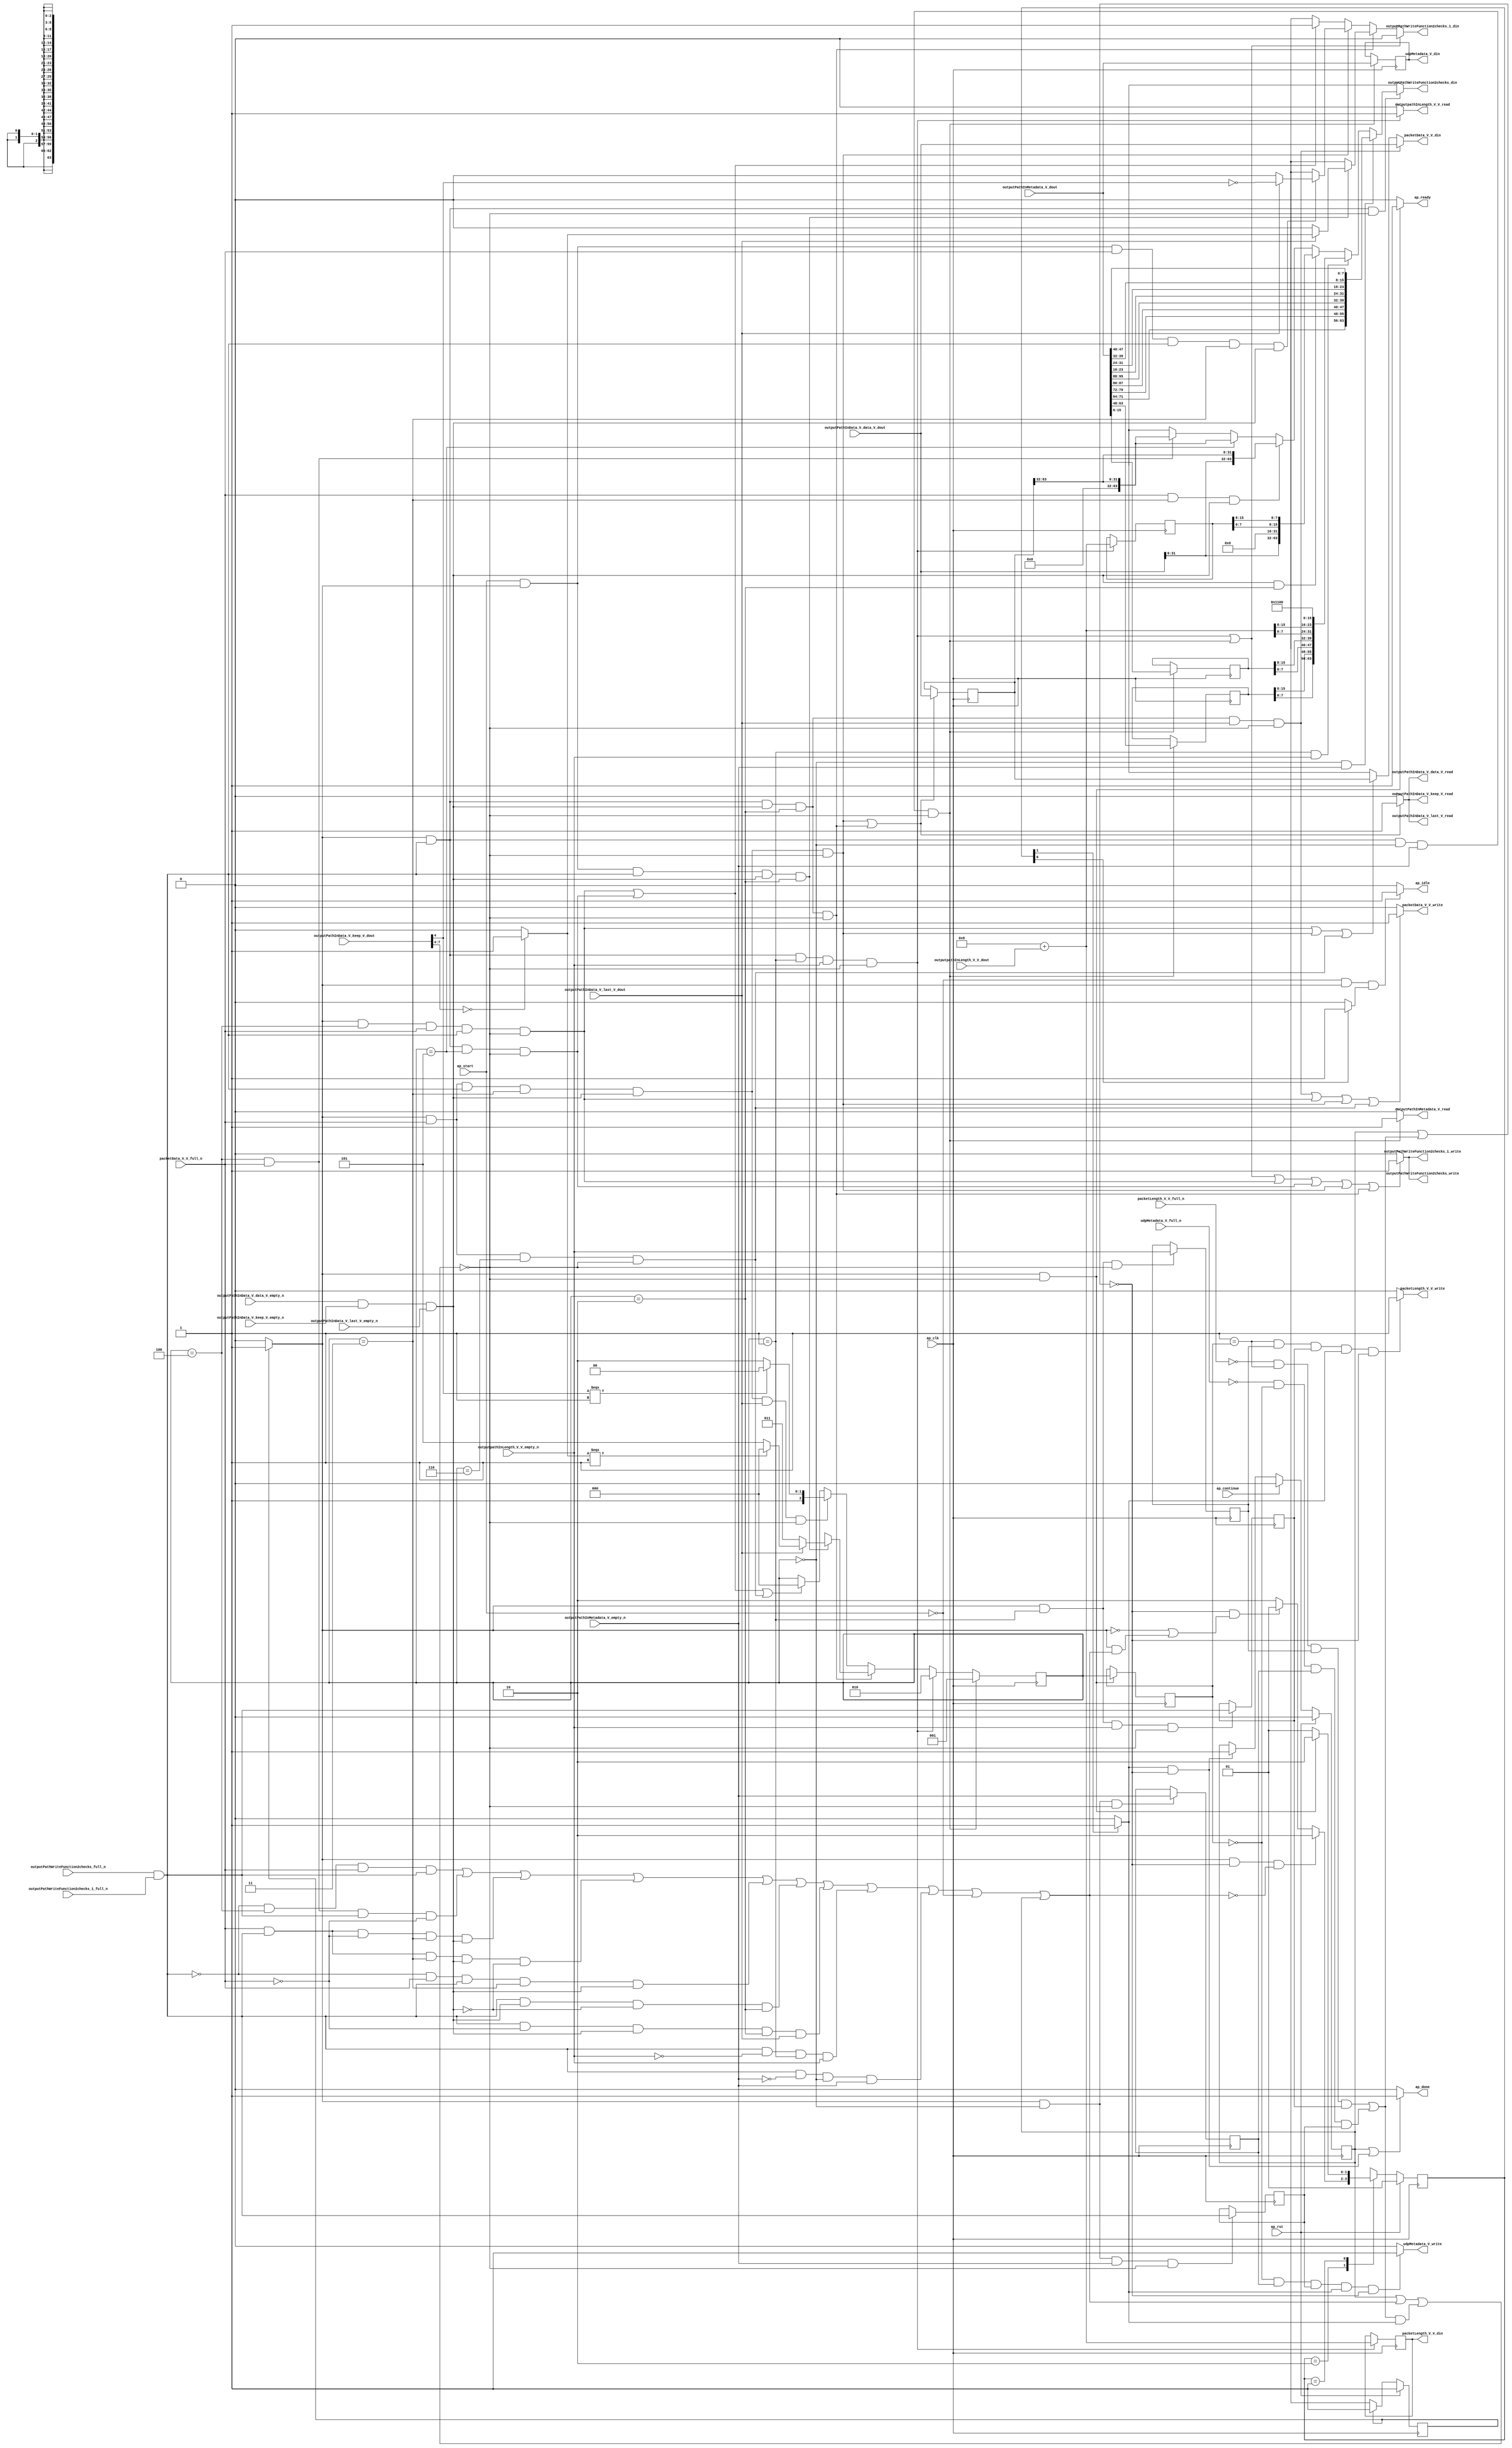
// ==============================================================
// RTL generated by Vivado(TM) HLS - High-Level Synthesis from C, C++ and SystemC
// Version: 2015.1
// Copyright (C) 2015 Xilinx Inc. All rights reserved.
// 
// ===========================================================

`timescale 1 ns / 1 ps 

module udp_outputPathWriteFunction (
        ap_clk,
        ap_rst,
        ap_start,
        ap_done,
        ap_continue,
        ap_idle,
        ap_ready,
        packetData_V_V_din,
        packetData_V_V_full_n,
        packetData_V_V_write,
        outputpathInLength_V_V_dout,
        outputpathInLength_V_V_empty_n,
        outputpathInLength_V_V_read,
        outputPathInMetadata_V_dout,
        outputPathInMetadata_V_empty_n,
        outputPathInMetadata_V_read,
        packetLength_V_V_din,
        packetLength_V_V_full_n,
        packetLength_V_V_write,
        udpMetadata_V_din,
        udpMetadata_V_full_n,
        udpMetadata_V_write,
        outputPathInData_V_data_V_dout,
        outputPathInData_V_data_V_empty_n,
        outputPathInData_V_data_V_read,
        outputPathInData_V_keep_V_dout,
        outputPathInData_V_keep_V_empty_n,
        outputPathInData_V_keep_V_read,
        outputPathInData_V_last_V_dout,
        outputPathInData_V_last_V_empty_n,
        outputPathInData_V_last_V_read,
        outputPathWriteFunction2checks_din,
        outputPathWriteFunction2checks_full_n,
        outputPathWriteFunction2checks_write,
        outputPathWriteFunction2checks_1_din,
        outputPathWriteFunction2checks_1_full_n,
        outputPathWriteFunction2checks_1_write
);

parameter    ap_const_logic_1 = 1'b1;
parameter    ap_const_logic_0 = 1'b0;
parameter    ap_ST_st1_fsm0_0 = 1'b1;
parameter    ap_ST_st2_fsm1_1 = 2'b10;
parameter    ap_ST_st0_fsm1_0 = 2'b1;
parameter    ap_const_lv32_0 = 32'b00000000000000000000000000000000;
parameter    ap_const_lv1_1 = 1'b1;
parameter    ap_const_lv3_4 = 3'b100;
parameter    ap_const_lv1_0 = 1'b0;
parameter    ap_const_lv3_5 = 3'b101;
parameter    ap_const_lv3_6 = 3'b110;
parameter    ap_const_lv3_3 = 3'b11;
parameter    ap_const_lv3_2 = 3'b10;
parameter    ap_const_lv3_1 = 3'b1;
parameter    ap_const_lv3_0 = 3'b000;
parameter    ap_const_lv32_1 = 32'b1;
parameter    ap_const_lv16_0 = 16'b0000000000000000;
parameter    ap_const_lv32_20 = 32'b100000;
parameter    ap_const_lv32_3F = 32'b111111;
parameter    ap_const_lv32_4 = 32'b100;
parameter    ap_const_lv32_8 = 32'b1000;
parameter    ap_const_lv32_F = 32'b1111;
parameter    ap_const_lv32_7 = 32'b111;
parameter    ap_const_lv4_0 = 4'b0000;
parameter    ap_const_lv16_8 = 16'b1000;
parameter    ap_const_lv16_1100 = 16'b1000100000000;
parameter    ap_const_lv32_30 = 32'b110000;
parameter    ap_const_lv32_58 = 32'b1011000;
parameter    ap_const_lv32_5F = 32'b1011111;
parameter    ap_const_lv32_50 = 32'b1010000;
parameter    ap_const_lv32_57 = 32'b1010111;
parameter    ap_const_lv32_48 = 32'b1001000;
parameter    ap_const_lv32_4F = 32'b1001111;
parameter    ap_const_lv32_40 = 32'b1000000;
parameter    ap_const_lv32_47 = 32'b1000111;
parameter    ap_const_lv32_28 = 32'b101000;
parameter    ap_const_lv32_2F = 32'b101111;
parameter    ap_const_lv32_27 = 32'b100111;
parameter    ap_const_lv32_18 = 32'b11000;
parameter    ap_const_lv32_1F = 32'b11111;
parameter    ap_const_lv32_10 = 32'b10000;
parameter    ap_const_lv32_17 = 32'b10111;
parameter    ap_true = 1'b1;

input   ap_clk;
input   ap_rst;
input   ap_start;
output   ap_done;
input   ap_continue;
output   ap_idle;
output   ap_ready;
output  [63:0] packetData_V_V_din;
input   packetData_V_V_full_n;
output   packetData_V_V_write;
input  [15:0] outputpathInLength_V_V_dout;
input   outputpathInLength_V_V_empty_n;
output   outputpathInLength_V_V_read;
input  [95:0] outputPathInMetadata_V_dout;
input   outputPathInMetadata_V_empty_n;
output   outputPathInMetadata_V_read;
output  [15:0] packetLength_V_V_din;
input   packetLength_V_V_full_n;
output   packetLength_V_V_write;
output  [95:0] udpMetadata_V_din;
input   udpMetadata_V_full_n;
output   udpMetadata_V_write;
input  [63:0] outputPathInData_V_data_V_dout;
input   outputPathInData_V_data_V_empty_n;
output   outputPathInData_V_data_V_read;
input  [7:0] outputPathInData_V_keep_V_dout;
input   outputPathInData_V_keep_V_empty_n;
output   outputPathInData_V_keep_V_read;
input  [0:0] outputPathInData_V_last_V_dout;
input   outputPathInData_V_last_V_empty_n;
output   outputPathInData_V_last_V_read;
output  [63:0] outputPathWriteFunction2checks_din;
input   outputPathWriteFunction2checks_full_n;
output   outputPathWriteFunction2checks_write;
output  [0:0] outputPathWriteFunction2checks_1_din;
input   outputPathWriteFunction2checks_1_full_n;
output   outputPathWriteFunction2checks_1_write;

reg ap_done;
reg ap_idle;
reg ap_ready;
reg[63:0] packetData_V_V_din;
reg packetData_V_V_write;
reg outputpathInLength_V_V_read;
reg outputPathInMetadata_V_read;
reg packetLength_V_V_write;
reg udpMetadata_V_write;
reg[63:0] outputPathWriteFunction2checks_din;
reg[0:0] outputPathWriteFunction2checks_1_din;
reg    ap_done_reg = 1'b0;
(* fsm_encoding = "none" *) reg   [0:0] ap_CS_fsm0 = 1'b1;
reg    ap_sig_cseq_ST_st1_fsm0_0;
reg    ap_sig_bdd_23;
(* fsm_encoding = "none" *) reg   [1:0] ap_CS_fsm1 = 2'b1;
reg    ap_sig_cseq_ST_st0_fsm1_0;
reg    ap_sig_bdd_34;
wire    outputPathWriteFunction2checks1_status;
wire   [0:0] grp_nbwritereq_fu_232_p3;
wire   [0:0] grp_nbwritereq_fu_240_p4;
wire   [0:0] grp_nbreadreq_fu_268_p5;
wire    outputPathInData_V_data_V0_status;
wire   [0:0] tmp_49_nbreadreq_fu_290_p3;
wire   [0:0] tmp_nbreadreq_fu_305_p3;
reg    ap_sig_bdd_136;
reg   [2:0] outputPathWriteFunctionState_l_reg_749;
reg   [0:0] tmp_49_reg_795;
reg   [0:0] tmp_56_reg_799;
reg   [0:0] tmp_reg_808;
reg   [0:0] tmp_55_reg_812;
reg    ap_sig_bdd_174;
reg    ap_sig_cseq_ST_st2_fsm1_1;
reg    ap_sig_bdd_180;
reg   [2:0] outputPathWriteFunctionState = 3'b000;
reg   [15:0] outputPathPacketLength_V = 16'b0000000000000000;
reg   [63:0] outputPathInputWord_data_V = 64'b0000000000000000000000000000000000000000000000000000000000000000;
reg   [15:0] tempMetadata_sourceSocket_port = 16'b0000000000000000;
reg   [15:0] tempMetadata_destinationSocket = 16'b0000000000000000;
wire   [15:0] tmp_V_9_fu_529_p2;
reg   [15:0] tmp_V_9_reg_803;
reg   [95:0] tmp14_reg_816;
wire   [0:0] tmp_s_fu_445_p2;
wire   [0:0] ap_reg_phiprechg_tmp_eop_V_1_reg_333pp0_it0;
reg   [0:0] tmp_eop_V_1_phi_fu_336_p4;
wire   [2:0] storemerge9_fu_514_p3;
wire   [2:0] ap_reg_phiprechg_storemerge1_reg_344pp0_it0;
reg   [2:0] storemerge1_phi_fu_347_p4;
wire   [0:0] tmp_63_fu_507_p2;
wire   [0:0] ap_reg_phiprechg_tmp_eop_V_reg_354pp0_it0;
reg   [0:0] tmp_eop_V_phi_fu_357_p4;
reg    outputPathWriteFunction2checks1_update;
wire   [63:0] p_Result_44_fu_414_p1;
wire   [63:0] p_Result_43_fu_419_p1;
wire   [63:0] p_Result_42_fu_428_p3;
wire   [63:0] p_Result_41_fu_484_p5;
wire   [63:0] p_Result_40_fu_591_p8;
wire   [63:0] p_Result_s_fu_722_p9;
reg    outputPathInData_V_data_V0_update;
wire   [2:0] storemerge_fu_452_p3;
wire   [15:0] tmp_sourceSocket_port_V_fu_616_p1;
wire   [31:0] grp_fu_366_p4;
wire   [31:0] tmp_134_fu_424_p1;
wire   [0:0] tmp_135_fu_437_p3;
wire   [31:0] tmp_133_fu_480_p1;
wire   [7:0] tmp_132_fu_476_p1;
wire   [7:0] p_Result_s_75_fu_466_p4;
wire   [3:0] p_Result_18_fu_497_p4;
wire   [7:0] tmp_129_fu_555_p1;
wire   [7:0] p_Result_i3_fu_545_p4;
wire   [7:0] tmp_130_fu_573_p1;
wire   [7:0] p_Result_i4_fu_563_p4;
wire   [7:0] tmp_131_fu_587_p1;
wire   [7:0] p_Result_i5_fu_577_p4;
wire   [7:0] p_Result_6_i_fu_672_p4;
wire   [7:0] p_Result_4_i_fu_662_p4;
wire   [7:0] p_Result_2_i_fu_652_p4;
wire   [7:0] p_Result_i_fu_642_p4;
wire   [7:0] p_Result_6_i1_fu_712_p4;
wire   [7:0] p_Result_4_i1_fu_702_p4;
wire   [7:0] p_Result_2_i1_fu_692_p4;
wire   [7:0] p_Result_i2_fu_682_p4;
reg   [0:0] ap_NS_fsm0;
reg   [1:0] ap_NS_fsm1;
reg    ap_sig_bdd_48;
reg    ap_sig_bdd_74;
reg    ap_sig_bdd_83;
reg    ap_sig_bdd_102;
reg    ap_sig_bdd_116;
reg    ap_sig_bdd_582;
reg    ap_sig_bdd_371;
reg    ap_sig_bdd_365;




/// the current state (ap_CS_fsm0) of the state machine. ///
always @ (posedge ap_clk)
begin : ap_ret_ap_CS_fsm0
    if (ap_rst == 1'b1) begin
        ap_CS_fsm0 <= ap_ST_st1_fsm0_0;
    end else begin
        ap_CS_fsm0 <= ap_NS_fsm0;
    end
end

/// the current state (ap_CS_fsm1) of the state machine. ///
always @ (posedge ap_clk)
begin : ap_ret_ap_CS_fsm1
    if (ap_rst == 1'b1) begin
        ap_CS_fsm1 <= ap_ST_st0_fsm1_0;
    end else begin
        ap_CS_fsm1 <= ap_NS_fsm1;
    end
end

/// ap_done_reg assign process. ///
always @ (posedge ap_clk)
begin : ap_ret_ap_done_reg
    if (ap_rst == 1'b1) begin
        ap_done_reg <= ap_const_logic_0;
    end else begin
        if ((ap_const_logic_1 == ap_continue)) begin
            ap_done_reg <= ap_const_logic_0;
        end else if (((ap_const_logic_1 == ap_sig_cseq_ST_st2_fsm1_1) & ~((ap_done_reg == ap_const_logic_1) | ap_sig_bdd_174))) begin
            ap_done_reg <= ap_const_logic_1;
        end
    end
end

/// assign process. ///
always @(posedge ap_clk)
begin
    if (((ap_const_logic_1 == ap_sig_cseq_ST_st1_fsm0_0) & ~(ap_const_lv1_0 == grp_nbwritereq_fu_240_p4) & (outputPathWriteFunctionState == ap_const_lv3_0) & ~(ap_const_lv1_0 == tmp_nbreadreq_fu_305_p3) & ~((ap_done_reg == ap_const_logic_1) | ap_sig_bdd_136 | (ap_sig_bdd_174 & (ap_const_logic_1 == ap_sig_cseq_ST_st2_fsm1_1))))) begin
        outputPathWriteFunctionState <= ap_const_lv3_1;
    end else if (((ap_const_logic_1 == ap_sig_cseq_ST_st1_fsm0_0) & ~(ap_const_lv1_0 == grp_nbwritereq_fu_240_p4) & (outputPathWriteFunctionState == ap_const_lv3_1) & ~(ap_const_lv1_0 == tmp_49_nbreadreq_fu_290_p3) & ~((ap_done_reg == ap_const_logic_1) | ap_sig_bdd_136 | (ap_sig_bdd_174 & (ap_const_logic_1 == ap_sig_cseq_ST_st2_fsm1_1))))) begin
        outputPathWriteFunctionState <= ap_const_lv3_2;
    end else if (((ap_const_logic_1 == ap_sig_cseq_ST_st1_fsm0_0) & ~(ap_const_lv1_0 == grp_nbwritereq_fu_240_p4) & ~(ap_const_lv1_0 == grp_nbreadreq_fu_268_p5) & (outputPathWriteFunctionState == ap_const_lv3_2) & ~((ap_done_reg == ap_const_logic_1) | ap_sig_bdd_136 | (ap_sig_bdd_174 & (ap_const_logic_1 == ap_sig_cseq_ST_st2_fsm1_1))))) begin
        outputPathWriteFunctionState <= storemerge1_phi_fu_347_p4;
    end else if (((ap_const_logic_1 == ap_sig_cseq_ST_st1_fsm0_0) & ~(grp_nbwritereq_fu_232_p3 == ap_const_lv1_0) & ~(ap_const_lv1_0 == grp_nbwritereq_fu_240_p4) & (outputPathWriteFunctionState == ap_const_lv3_3) & ~(ap_const_lv1_0 == grp_nbreadreq_fu_268_p5) & ~(ap_const_lv1_0 == outputPathInData_V_last_V_dout) & ~((ap_done_reg == ap_const_logic_1) | ap_sig_bdd_136 | (ap_sig_bdd_174 & (ap_const_logic_1 == ap_sig_cseq_ST_st2_fsm1_1))))) begin
        outputPathWriteFunctionState <= storemerge_fu_452_p3;
    end else if ((((ap_const_logic_1 == ap_sig_cseq_ST_st1_fsm0_0) & (outputPathWriteFunctionState == ap_const_lv3_4) & ~(grp_nbwritereq_fu_232_p3 == ap_const_lv1_0) & ~(ap_const_lv1_0 == grp_nbwritereq_fu_240_p4) & ~((ap_done_reg == ap_const_logic_1) | ap_sig_bdd_136 | (ap_sig_bdd_174 & (ap_const_logic_1 == ap_sig_cseq_ST_st2_fsm1_1)))) | ((ap_const_logic_1 == ap_sig_cseq_ST_st1_fsm0_0) & ~(ap_const_lv1_0 == grp_nbwritereq_fu_240_p4) & (outputPathWriteFunctionState == ap_const_lv3_5) & ~((ap_done_reg == ap_const_logic_1) | ap_sig_bdd_136 | (ap_sig_bdd_174 & (ap_const_logic_1 == ap_sig_cseq_ST_st2_fsm1_1)))) | ((ap_const_logic_1 == ap_sig_cseq_ST_st1_fsm0_0) & ~(grp_nbwritereq_fu_232_p3 == ap_const_lv1_0) & (outputPathWriteFunctionState == ap_const_lv3_6) & ~((ap_done_reg == ap_const_logic_1) | ap_sig_bdd_136 | (ap_sig_bdd_174 & (ap_const_logic_1 == ap_sig_cseq_ST_st2_fsm1_1)))))) begin
        outputPathWriteFunctionState <= ap_const_lv3_0;
    end
end

/// assign process. ///
always @(posedge ap_clk)
begin
    if ((((ap_const_logic_1 == ap_sig_cseq_ST_st1_fsm0_0) & ~(grp_nbwritereq_fu_232_p3 == ap_const_lv1_0) & ~(ap_const_lv1_0 == grp_nbwritereq_fu_240_p4) & (outputPathWriteFunctionState == ap_const_lv3_3) & ~(ap_const_lv1_0 == grp_nbreadreq_fu_268_p5) & ~((ap_done_reg == ap_const_logic_1) | ap_sig_bdd_136 | (ap_sig_bdd_174 & (ap_const_logic_1 == ap_sig_cseq_ST_st2_fsm1_1)))) | ((ap_const_logic_1 == ap_sig_cseq_ST_st1_fsm0_0) & ~(ap_const_lv1_0 == grp_nbwritereq_fu_240_p4) & ~(ap_const_lv1_0 == grp_nbreadreq_fu_268_p5) & (outputPathWriteFunctionState == ap_const_lv3_2) & ~((ap_done_reg == ap_const_logic_1) | ap_sig_bdd_136 | (ap_sig_bdd_174 & (ap_const_logic_1 == ap_sig_cseq_ST_st2_fsm1_1)))))) begin
        outputPathInputWord_data_V <= outputPathInData_V_data_V_dout;
    end
end

/// assign process. ///
always @(posedge ap_clk)
begin
    if (((ap_const_logic_1 == ap_sig_cseq_ST_st1_fsm0_0) & ~(ap_const_lv1_0 == grp_nbwritereq_fu_240_p4) & (outputPathWriteFunctionState == ap_const_lv3_1) & ~(ap_const_lv1_0 == tmp_49_nbreadreq_fu_290_p3) & ~((ap_done_reg == ap_const_logic_1) | ap_sig_bdd_136 | (ap_sig_bdd_174 & (ap_const_logic_1 == ap_sig_cseq_ST_st2_fsm1_1))))) begin
        outputPathPacketLength_V <= tmp_V_9_fu_529_p2;
        tmp_V_9_reg_803 <= tmp_V_9_fu_529_p2;
    end
end

/// assign process. ///
always @(posedge ap_clk)
begin
    if (((ap_const_logic_1 == ap_sig_cseq_ST_st1_fsm0_0) & ~((ap_done_reg == ap_const_logic_1) | ap_sig_bdd_136 | (ap_sig_bdd_174 & (ap_const_logic_1 == ap_sig_cseq_ST_st2_fsm1_1))))) begin
        outputPathWriteFunctionState_l_reg_749 <= outputPathWriteFunctionState;
    end
end

/// assign process. ///
always @(posedge ap_clk)
begin
    if (((ap_const_logic_1 == ap_sig_cseq_ST_st1_fsm0_0) & ~(ap_const_lv1_0 == grp_nbwritereq_fu_240_p4) & (outputPathWriteFunctionState == ap_const_lv3_0) & ~(ap_const_lv1_0 == tmp_nbreadreq_fu_305_p3) & ~((ap_done_reg == ap_const_logic_1) | ap_sig_bdd_136 | (ap_sig_bdd_174 & (ap_const_logic_1 == ap_sig_cseq_ST_st2_fsm1_1))))) begin
        tempMetadata_destinationSocket <= {{outputPathInMetadata_V_dout[ap_const_lv32_3F : ap_const_lv32_30]}};
        tempMetadata_sourceSocket_port <= tmp_sourceSocket_port_V_fu_616_p1;
        tmp14_reg_816 <= outputPathInMetadata_V_dout;
    end
end

/// assign process. ///
always @(posedge ap_clk)
begin
    if (((ap_const_logic_1 == ap_sig_cseq_ST_st1_fsm0_0) & (outputPathWriteFunctionState == ap_const_lv3_1) & ~((ap_done_reg == ap_const_logic_1) | ap_sig_bdd_136 | (ap_sig_bdd_174 & (ap_const_logic_1 == ap_sig_cseq_ST_st2_fsm1_1))))) begin
        tmp_49_reg_795 <= tmp_49_nbreadreq_fu_290_p3;
    end
end

/// assign process. ///
always @(posedge ap_clk)
begin
    if (((ap_const_logic_1 == ap_sig_cseq_ST_st1_fsm0_0) & (outputPathWriteFunctionState == ap_const_lv3_0) & ~(ap_const_lv1_0 == tmp_nbreadreq_fu_305_p3) & ~((ap_done_reg == ap_const_logic_1) | ap_sig_bdd_136 | (ap_sig_bdd_174 & (ap_const_logic_1 == ap_sig_cseq_ST_st2_fsm1_1))))) begin
        tmp_55_reg_812 <= grp_nbwritereq_fu_240_p4;
    end
end

/// assign process. ///
always @(posedge ap_clk)
begin
    if (((ap_const_logic_1 == ap_sig_cseq_ST_st1_fsm0_0) & (outputPathWriteFunctionState == ap_const_lv3_1) & ~(ap_const_lv1_0 == tmp_49_nbreadreq_fu_290_p3) & ~((ap_done_reg == ap_const_logic_1) | ap_sig_bdd_136 | (ap_sig_bdd_174 & (ap_const_logic_1 == ap_sig_cseq_ST_st2_fsm1_1))))) begin
        tmp_56_reg_799 <= grp_nbwritereq_fu_240_p4;
    end
end

/// assign process. ///
always @(posedge ap_clk)
begin
    if (((ap_const_logic_1 == ap_sig_cseq_ST_st1_fsm0_0) & (outputPathWriteFunctionState == ap_const_lv3_0) & ~((ap_done_reg == ap_const_logic_1) | ap_sig_bdd_136 | (ap_sig_bdd_174 & (ap_const_logic_1 == ap_sig_cseq_ST_st2_fsm1_1))))) begin
        tmp_reg_808 <= tmp_nbreadreq_fu_305_p3;
    end
end

/// ap_done assign process. ///
always @ (ap_done_reg or ap_sig_bdd_174 or ap_sig_cseq_ST_st2_fsm1_1)
begin
    if (((ap_const_logic_1 == ap_done_reg) | ((ap_const_logic_1 == ap_sig_cseq_ST_st2_fsm1_1) & ~((ap_done_reg == ap_const_logic_1) | ap_sig_bdd_174)))) begin
        ap_done = ap_const_logic_1;
    end else begin
        ap_done = ap_const_logic_0;
    end
end

/// ap_idle assign process. ///
always @ (ap_start or ap_sig_cseq_ST_st1_fsm0_0 or ap_sig_cseq_ST_st0_fsm1_0)
begin
    if ((~(ap_const_logic_1 == ap_start) & (ap_const_logic_1 == ap_sig_cseq_ST_st1_fsm0_0) & (ap_const_logic_1 == ap_sig_cseq_ST_st0_fsm1_0))) begin
        ap_idle = ap_const_logic_1;
    end else begin
        ap_idle = ap_const_logic_0;
    end
end

/// ap_ready assign process. ///
always @ (ap_done_reg or ap_sig_cseq_ST_st1_fsm0_0 or ap_sig_bdd_136 or ap_sig_bdd_174 or ap_sig_cseq_ST_st2_fsm1_1)
begin
    if (((ap_const_logic_1 == ap_sig_cseq_ST_st1_fsm0_0) & ~((ap_done_reg == ap_const_logic_1) | ap_sig_bdd_136 | (ap_sig_bdd_174 & (ap_const_logic_1 == ap_sig_cseq_ST_st2_fsm1_1))))) begin
        ap_ready = ap_const_logic_1;
    end else begin
        ap_ready = ap_const_logic_0;
    end
end

/// ap_sig_cseq_ST_st0_fsm1_0 assign process. ///
always @ (ap_sig_bdd_34)
begin
    if (ap_sig_bdd_34) begin
        ap_sig_cseq_ST_st0_fsm1_0 = ap_const_logic_1;
    end else begin
        ap_sig_cseq_ST_st0_fsm1_0 = ap_const_logic_0;
    end
end

/// ap_sig_cseq_ST_st1_fsm0_0 assign process. ///
always @ (ap_sig_bdd_23)
begin
    if (ap_sig_bdd_23) begin
        ap_sig_cseq_ST_st1_fsm0_0 = ap_const_logic_1;
    end else begin
        ap_sig_cseq_ST_st1_fsm0_0 = ap_const_logic_0;
    end
end

/// ap_sig_cseq_ST_st2_fsm1_1 assign process. ///
always @ (ap_sig_bdd_180)
begin
    if (ap_sig_bdd_180) begin
        ap_sig_cseq_ST_st2_fsm1_1 = ap_const_logic_1;
    end else begin
        ap_sig_cseq_ST_st2_fsm1_1 = ap_const_logic_0;
    end
end

/// outputPathInData_V_data_V0_update assign process. ///
always @ (ap_done_reg or ap_sig_cseq_ST_st1_fsm0_0 or grp_nbwritereq_fu_232_p3 or grp_nbwritereq_fu_240_p4 or grp_nbreadreq_fu_268_p5 or ap_sig_bdd_136 or ap_sig_bdd_174 or ap_sig_cseq_ST_st2_fsm1_1 or outputPathWriteFunctionState)
begin
    if ((((ap_const_logic_1 == ap_sig_cseq_ST_st1_fsm0_0) & ~(grp_nbwritereq_fu_232_p3 == ap_const_lv1_0) & ~(ap_const_lv1_0 == grp_nbwritereq_fu_240_p4) & (outputPathWriteFunctionState == ap_const_lv3_3) & ~(ap_const_lv1_0 == grp_nbreadreq_fu_268_p5) & ~((ap_done_reg == ap_const_logic_1) | ap_sig_bdd_136 | (ap_sig_bdd_174 & (ap_const_logic_1 == ap_sig_cseq_ST_st2_fsm1_1)))) | ((ap_const_logic_1 == ap_sig_cseq_ST_st1_fsm0_0) & ~(ap_const_lv1_0 == grp_nbwritereq_fu_240_p4) & ~(ap_const_lv1_0 == grp_nbreadreq_fu_268_p5) & (outputPathWriteFunctionState == ap_const_lv3_2) & ~((ap_done_reg == ap_const_logic_1) | ap_sig_bdd_136 | (ap_sig_bdd_174 & (ap_const_logic_1 == ap_sig_cseq_ST_st2_fsm1_1)))))) begin
        outputPathInData_V_data_V0_update = ap_const_logic_1;
    end else begin
        outputPathInData_V_data_V0_update = ap_const_logic_0;
    end
end

/// outputPathInMetadata_V_read assign process. ///
always @ (ap_done_reg or ap_sig_cseq_ST_st1_fsm0_0 or grp_nbwritereq_fu_240_p4 or tmp_nbreadreq_fu_305_p3 or ap_sig_bdd_136 or ap_sig_bdd_174 or ap_sig_cseq_ST_st2_fsm1_1 or outputPathWriteFunctionState)
begin
    if (((ap_const_logic_1 == ap_sig_cseq_ST_st1_fsm0_0) & ~(ap_const_lv1_0 == grp_nbwritereq_fu_240_p4) & (outputPathWriteFunctionState == ap_const_lv3_0) & ~(ap_const_lv1_0 == tmp_nbreadreq_fu_305_p3) & ~((ap_done_reg == ap_const_logic_1) | ap_sig_bdd_136 | (ap_sig_bdd_174 & (ap_const_logic_1 == ap_sig_cseq_ST_st2_fsm1_1))))) begin
        outputPathInMetadata_V_read = ap_const_logic_1;
    end else begin
        outputPathInMetadata_V_read = ap_const_logic_0;
    end
end

/// outputPathWriteFunction2checks1_update assign process. ///
always @ (ap_done_reg or ap_sig_cseq_ST_st1_fsm0_0 or grp_nbwritereq_fu_232_p3 or grp_nbwritereq_fu_240_p4 or grp_nbreadreq_fu_268_p5 or tmp_49_nbreadreq_fu_290_p3 or tmp_nbreadreq_fu_305_p3 or ap_sig_bdd_136 or ap_sig_bdd_174 or ap_sig_cseq_ST_st2_fsm1_1 or outputPathWriteFunctionState)
begin
    if ((((ap_const_logic_1 == ap_sig_cseq_ST_st1_fsm0_0) & ~(ap_const_lv1_0 == grp_nbwritereq_fu_240_p4) & (outputPathWriteFunctionState == ap_const_lv3_1) & ~(ap_const_lv1_0 == tmp_49_nbreadreq_fu_290_p3) & ~((ap_done_reg == ap_const_logic_1) | ap_sig_bdd_136 | (ap_sig_bdd_174 & (ap_const_logic_1 == ap_sig_cseq_ST_st2_fsm1_1)))) | ((ap_const_logic_1 == ap_sig_cseq_ST_st1_fsm0_0) & ~(ap_const_lv1_0 == grp_nbwritereq_fu_240_p4) & (outputPathWriteFunctionState == ap_const_lv3_0) & ~(ap_const_lv1_0 == tmp_nbreadreq_fu_305_p3) & ~((ap_done_reg == ap_const_logic_1) | ap_sig_bdd_136 | (ap_sig_bdd_174 & (ap_const_logic_1 == ap_sig_cseq_ST_st2_fsm1_1)))) | ((ap_const_logic_1 == ap_sig_cseq_ST_st1_fsm0_0) & (outputPathWriteFunctionState == ap_const_lv3_4) & ~(grp_nbwritereq_fu_232_p3 == ap_const_lv1_0) & ~(ap_const_lv1_0 == grp_nbwritereq_fu_240_p4) & ~((ap_done_reg == ap_const_logic_1) | ap_sig_bdd_136 | (ap_sig_bdd_174 & (ap_const_logic_1 == ap_sig_cseq_ST_st2_fsm1_1)))) | ((ap_const_logic_1 == ap_sig_cseq_ST_st1_fsm0_0) & ~(ap_const_lv1_0 == grp_nbwritereq_fu_240_p4) & (outputPathWriteFunctionState == ap_const_lv3_5) & ~((ap_done_reg == ap_const_logic_1) | ap_sig_bdd_136 | (ap_sig_bdd_174 & (ap_const_logic_1 == ap_sig_cseq_ST_st2_fsm1_1)))) | ((ap_const_logic_1 == ap_sig_cseq_ST_st1_fsm0_0) & ~(grp_nbwritereq_fu_232_p3 == ap_const_lv1_0) & ~(ap_const_lv1_0 == grp_nbwritereq_fu_240_p4) & (outputPathWriteFunctionState == ap_const_lv3_3) & ~(ap_const_lv1_0 == grp_nbreadreq_fu_268_p5) & ~((ap_done_reg == ap_const_logic_1) | ap_sig_bdd_136 | (ap_sig_bdd_174 & (ap_const_logic_1 == ap_sig_cseq_ST_st2_fsm1_1)))) | ((ap_const_logic_1 == ap_sig_cseq_ST_st1_fsm0_0) & ~(ap_const_lv1_0 == grp_nbwritereq_fu_240_p4) & ~(ap_const_lv1_0 == grp_nbreadreq_fu_268_p5) & (outputPathWriteFunctionState == ap_const_lv3_2) & ~((ap_done_reg == ap_const_logic_1) | ap_sig_bdd_136 | (ap_sig_bdd_174 & (ap_const_logic_1 == ap_sig_cseq_ST_st2_fsm1_1)))))) begin
        outputPathWriteFunction2checks1_update = ap_const_logic_1;
    end else begin
        outputPathWriteFunction2checks1_update = ap_const_logic_0;
    end
end

/// outputPathWriteFunction2checks_1_din assign process. ///
always @ (ap_done_reg or ap_sig_cseq_ST_st1_fsm0_0 or grp_nbwritereq_fu_232_p3 or grp_nbwritereq_fu_240_p4 or grp_nbreadreq_fu_268_p5 or tmp_49_nbreadreq_fu_290_p3 or tmp_nbreadreq_fu_305_p3 or ap_sig_bdd_136 or ap_sig_bdd_174 or ap_sig_cseq_ST_st2_fsm1_1 or outputPathWriteFunctionState or tmp_eop_V_1_phi_fu_336_p4 or tmp_eop_V_phi_fu_357_p4)
begin
    if ((((ap_const_logic_1 == ap_sig_cseq_ST_st1_fsm0_0) & ~(ap_const_lv1_0 == grp_nbwritereq_fu_240_p4) & (outputPathWriteFunctionState == ap_const_lv3_1) & ~(ap_const_lv1_0 == tmp_49_nbreadreq_fu_290_p3) & ~((ap_done_reg == ap_const_logic_1) | ap_sig_bdd_136 | (ap_sig_bdd_174 & (ap_const_logic_1 == ap_sig_cseq_ST_st2_fsm1_1)))) | ((ap_const_logic_1 == ap_sig_cseq_ST_st1_fsm0_0) & ~(ap_const_lv1_0 == grp_nbwritereq_fu_240_p4) & (outputPathWriteFunctionState == ap_const_lv3_0) & ~(ap_const_lv1_0 == tmp_nbreadreq_fu_305_p3) & ~((ap_done_reg == ap_const_logic_1) | ap_sig_bdd_136 | (ap_sig_bdd_174 & (ap_const_logic_1 == ap_sig_cseq_ST_st2_fsm1_1)))))) begin
        outputPathWriteFunction2checks_1_din = ap_const_lv1_0;
    end else if (((ap_const_logic_1 == ap_sig_cseq_ST_st1_fsm0_0) & ~(ap_const_lv1_0 == grp_nbwritereq_fu_240_p4) & ~(ap_const_lv1_0 == grp_nbreadreq_fu_268_p5) & (outputPathWriteFunctionState == ap_const_lv3_2) & ~((ap_done_reg == ap_const_logic_1) | ap_sig_bdd_136 | (ap_sig_bdd_174 & (ap_const_logic_1 == ap_sig_cseq_ST_st2_fsm1_1))))) begin
        outputPathWriteFunction2checks_1_din = tmp_eop_V_phi_fu_357_p4;
    end else if (((ap_const_logic_1 == ap_sig_cseq_ST_st1_fsm0_0) & ~(grp_nbwritereq_fu_232_p3 == ap_const_lv1_0) & ~(ap_const_lv1_0 == grp_nbwritereq_fu_240_p4) & (outputPathWriteFunctionState == ap_const_lv3_3) & ~(ap_const_lv1_0 == grp_nbreadreq_fu_268_p5) & ~((ap_done_reg == ap_const_logic_1) | ap_sig_bdd_136 | (ap_sig_bdd_174 & (ap_const_logic_1 == ap_sig_cseq_ST_st2_fsm1_1))))) begin
        outputPathWriteFunction2checks_1_din = tmp_eop_V_1_phi_fu_336_p4;
    end else if ((((ap_const_logic_1 == ap_sig_cseq_ST_st1_fsm0_0) & (outputPathWriteFunctionState == ap_const_lv3_4) & ~(grp_nbwritereq_fu_232_p3 == ap_const_lv1_0) & ~(ap_const_lv1_0 == grp_nbwritereq_fu_240_p4) & ~((ap_done_reg == ap_const_logic_1) | ap_sig_bdd_136 | (ap_sig_bdd_174 & (ap_const_logic_1 == ap_sig_cseq_ST_st2_fsm1_1)))) | ((ap_const_logic_1 == ap_sig_cseq_ST_st1_fsm0_0) & ~(ap_const_lv1_0 == grp_nbwritereq_fu_240_p4) & (outputPathWriteFunctionState == ap_const_lv3_5) & ~((ap_done_reg == ap_const_logic_1) | ap_sig_bdd_136 | (ap_sig_bdd_174 & (ap_const_logic_1 == ap_sig_cseq_ST_st2_fsm1_1)))))) begin
        outputPathWriteFunction2checks_1_din = ap_const_lv1_1;
    end else begin
        outputPathWriteFunction2checks_1_din = 'bx;
    end
end

/// outputPathWriteFunction2checks_din assign process. ///
always @ (outputPathWriteFunctionState or p_Result_44_fu_414_p1 or p_Result_43_fu_419_p1 or p_Result_42_fu_428_p3 or p_Result_41_fu_484_p5 or p_Result_40_fu_591_p8 or p_Result_s_fu_722_p9 or ap_sig_bdd_48 or ap_sig_bdd_74 or ap_sig_bdd_83 or ap_sig_bdd_102 or ap_sig_bdd_116 or ap_sig_bdd_582)
begin
    if (ap_sig_bdd_582) begin
        if (ap_sig_bdd_116) begin
            outputPathWriteFunction2checks_din = p_Result_s_fu_722_p9;
        end else if (ap_sig_bdd_102) begin
            outputPathWriteFunction2checks_din = p_Result_40_fu_591_p8;
        end else if (ap_sig_bdd_83) begin
            outputPathWriteFunction2checks_din = p_Result_41_fu_484_p5;
        end else if (ap_sig_bdd_74) begin
            outputPathWriteFunction2checks_din = p_Result_42_fu_428_p3;
        end else if ((outputPathWriteFunctionState == ap_const_lv3_5)) begin
            outputPathWriteFunction2checks_din = p_Result_43_fu_419_p1;
        end else if (ap_sig_bdd_48) begin
            outputPathWriteFunction2checks_din = p_Result_44_fu_414_p1;
        end else begin
            outputPathWriteFunction2checks_din = 'bx;
        end
    end else begin
        outputPathWriteFunction2checks_din = 'bx;
    end
end

/// outputpathInLength_V_V_read assign process. ///
always @ (ap_done_reg or ap_sig_cseq_ST_st1_fsm0_0 or grp_nbwritereq_fu_240_p4 or tmp_49_nbreadreq_fu_290_p3 or ap_sig_bdd_136 or ap_sig_bdd_174 or ap_sig_cseq_ST_st2_fsm1_1 or outputPathWriteFunctionState)
begin
    if (((ap_const_logic_1 == ap_sig_cseq_ST_st1_fsm0_0) & ~(ap_const_lv1_0 == grp_nbwritereq_fu_240_p4) & (outputPathWriteFunctionState == ap_const_lv3_1) & ~(ap_const_lv1_0 == tmp_49_nbreadreq_fu_290_p3) & ~((ap_done_reg == ap_const_logic_1) | ap_sig_bdd_136 | (ap_sig_bdd_174 & (ap_const_logic_1 == ap_sig_cseq_ST_st2_fsm1_1))))) begin
        outputpathInLength_V_V_read = ap_const_logic_1;
    end else begin
        outputpathInLength_V_V_read = ap_const_logic_0;
    end
end

/// packetData_V_V_din assign process. ///
always @ (ap_done_reg or ap_sig_cseq_ST_st1_fsm0_0 or grp_nbwritereq_fu_232_p3 or grp_nbwritereq_fu_240_p4 or grp_nbreadreq_fu_268_p5 or ap_sig_bdd_136 or ap_sig_bdd_174 or ap_sig_cseq_ST_st2_fsm1_1 or outputPathInData_V_data_V_dout or outputPathInData_V_last_V_dout or outputPathWriteFunctionState or outputPathInputWord_data_V)
begin
    if (((ap_const_logic_1 == ap_sig_cseq_ST_st1_fsm0_0) & ~(ap_const_lv1_0 == grp_nbwritereq_fu_240_p4) & ~(ap_const_lv1_0 == grp_nbreadreq_fu_268_p5) & (outputPathWriteFunctionState == ap_const_lv3_2) & ~(ap_const_lv1_0 == outputPathInData_V_last_V_dout) & ~((ap_done_reg == ap_const_logic_1) | ap_sig_bdd_136 | (ap_sig_bdd_174 & (ap_const_logic_1 == ap_sig_cseq_ST_st2_fsm1_1))))) begin
        packetData_V_V_din = outputPathInData_V_data_V_dout;
    end else if ((((ap_const_logic_1 == ap_sig_cseq_ST_st1_fsm0_0) & (outputPathWriteFunctionState == ap_const_lv3_4) & ~(grp_nbwritereq_fu_232_p3 == ap_const_lv1_0) & ~(ap_const_lv1_0 == grp_nbwritereq_fu_240_p4) & ~((ap_done_reg == ap_const_logic_1) | ap_sig_bdd_136 | (ap_sig_bdd_174 & (ap_const_logic_1 == ap_sig_cseq_ST_st2_fsm1_1)))) | ((ap_const_logic_1 == ap_sig_cseq_ST_st1_fsm0_0) & ~(grp_nbwritereq_fu_232_p3 == ap_const_lv1_0) & ~(ap_const_lv1_0 == grp_nbwritereq_fu_240_p4) & (outputPathWriteFunctionState == ap_const_lv3_3) & ~(ap_const_lv1_0 == grp_nbreadreq_fu_268_p5) & ~((ap_done_reg == ap_const_logic_1) | ap_sig_bdd_136 | (ap_sig_bdd_174 & (ap_const_logic_1 == ap_sig_cseq_ST_st2_fsm1_1)))) | ((ap_const_logic_1 == ap_sig_cseq_ST_st1_fsm0_0) & ~(grp_nbwritereq_fu_232_p3 == ap_const_lv1_0) & (outputPathWriteFunctionState == ap_const_lv3_6) & ~((ap_done_reg == ap_const_logic_1) | ap_sig_bdd_136 | (ap_sig_bdd_174 & (ap_const_logic_1 == ap_sig_cseq_ST_st2_fsm1_1)))))) begin
        packetData_V_V_din = outputPathInputWord_data_V;
    end else begin
        packetData_V_V_din = 'bx;
    end
end

/// packetData_V_V_write assign process. ///
always @ (ap_done_reg or ap_sig_cseq_ST_st1_fsm0_0 or grp_nbwritereq_fu_232_p3 or grp_nbwritereq_fu_240_p4 or grp_nbreadreq_fu_268_p5 or ap_sig_bdd_136 or ap_sig_bdd_174 or ap_sig_cseq_ST_st2_fsm1_1 or outputPathInData_V_last_V_dout or outputPathWriteFunctionState)
begin
    if ((((ap_const_logic_1 == ap_sig_cseq_ST_st1_fsm0_0) & ~(ap_const_lv1_0 == grp_nbwritereq_fu_240_p4) & ~(ap_const_lv1_0 == grp_nbreadreq_fu_268_p5) & (outputPathWriteFunctionState == ap_const_lv3_2) & ~(ap_const_lv1_0 == outputPathInData_V_last_V_dout) & ~((ap_done_reg == ap_const_logic_1) | ap_sig_bdd_136 | (ap_sig_bdd_174 & (ap_const_logic_1 == ap_sig_cseq_ST_st2_fsm1_1)))) | ((ap_const_logic_1 == ap_sig_cseq_ST_st1_fsm0_0) & (outputPathWriteFunctionState == ap_const_lv3_4) & ~(grp_nbwritereq_fu_232_p3 == ap_const_lv1_0) & ~(ap_const_lv1_0 == grp_nbwritereq_fu_240_p4) & ~((ap_done_reg == ap_const_logic_1) | ap_sig_bdd_136 | (ap_sig_bdd_174 & (ap_const_logic_1 == ap_sig_cseq_ST_st2_fsm1_1)))) | ((ap_const_logic_1 == ap_sig_cseq_ST_st1_fsm0_0) & ~(grp_nbwritereq_fu_232_p3 == ap_const_lv1_0) & ~(ap_const_lv1_0 == grp_nbwritereq_fu_240_p4) & (outputPathWriteFunctionState == ap_const_lv3_3) & ~(ap_const_lv1_0 == grp_nbreadreq_fu_268_p5) & ~((ap_done_reg == ap_const_logic_1) | ap_sig_bdd_136 | (ap_sig_bdd_174 & (ap_const_logic_1 == ap_sig_cseq_ST_st2_fsm1_1)))) | ((ap_const_logic_1 == ap_sig_cseq_ST_st1_fsm0_0) & ~(grp_nbwritereq_fu_232_p3 == ap_const_lv1_0) & (outputPathWriteFunctionState == ap_const_lv3_6) & ~((ap_done_reg == ap_const_logic_1) | ap_sig_bdd_136 | (ap_sig_bdd_174 & (ap_const_logic_1 == ap_sig_cseq_ST_st2_fsm1_1)))))) begin
        packetData_V_V_write = ap_const_logic_1;
    end else begin
        packetData_V_V_write = ap_const_logic_0;
    end
end

/// packetLength_V_V_write assign process. ///
always @ (ap_done_reg or outputPathWriteFunctionState_l_reg_749 or tmp_49_reg_795 or tmp_56_reg_799 or ap_sig_bdd_174 or ap_sig_cseq_ST_st2_fsm1_1)
begin
    if (((ap_const_lv3_1 == outputPathWriteFunctionState_l_reg_749) & ~(ap_const_lv1_0 == tmp_49_reg_795) & ~(ap_const_lv1_0 == tmp_56_reg_799) & (ap_const_logic_1 == ap_sig_cseq_ST_st2_fsm1_1) & ~((ap_done_reg == ap_const_logic_1) | ap_sig_bdd_174))) begin
        packetLength_V_V_write = ap_const_logic_1;
    end else begin
        packetLength_V_V_write = ap_const_logic_0;
    end
end

/// storemerge1_phi_fu_347_p4 assign process. ///
always @ (outputPathInData_V_last_V_dout or storemerge9_fu_514_p3 or ap_reg_phiprechg_storemerge1_reg_344pp0_it0 or ap_sig_bdd_371)
begin
    if (ap_sig_bdd_371) begin
        if ((ap_const_lv1_0 == outputPathInData_V_last_V_dout)) begin
            storemerge1_phi_fu_347_p4 = ap_const_lv3_3;
        end else if (~(ap_const_lv1_0 == outputPathInData_V_last_V_dout)) begin
            storemerge1_phi_fu_347_p4 = storemerge9_fu_514_p3;
        end else begin
            storemerge1_phi_fu_347_p4 = ap_reg_phiprechg_storemerge1_reg_344pp0_it0;
        end
    end else begin
        storemerge1_phi_fu_347_p4 = ap_reg_phiprechg_storemerge1_reg_344pp0_it0;
    end
end

/// tmp_eop_V_1_phi_fu_336_p4 assign process. ///
always @ (outputPathInData_V_last_V_dout or tmp_s_fu_445_p2 or ap_reg_phiprechg_tmp_eop_V_1_reg_333pp0_it0 or ap_sig_bdd_365)
begin
    if (ap_sig_bdd_365) begin
        if ((ap_const_lv1_0 == outputPathInData_V_last_V_dout)) begin
            tmp_eop_V_1_phi_fu_336_p4 = ap_const_lv1_0;
        end else if (~(ap_const_lv1_0 == outputPathInData_V_last_V_dout)) begin
            tmp_eop_V_1_phi_fu_336_p4 = tmp_s_fu_445_p2;
        end else begin
            tmp_eop_V_1_phi_fu_336_p4 = ap_reg_phiprechg_tmp_eop_V_1_reg_333pp0_it0;
        end
    end else begin
        tmp_eop_V_1_phi_fu_336_p4 = ap_reg_phiprechg_tmp_eop_V_1_reg_333pp0_it0;
    end
end

/// tmp_eop_V_phi_fu_357_p4 assign process. ///
always @ (outputPathInData_V_last_V_dout or tmp_63_fu_507_p2 or ap_reg_phiprechg_tmp_eop_V_reg_354pp0_it0 or ap_sig_bdd_371)
begin
    if (ap_sig_bdd_371) begin
        if ((ap_const_lv1_0 == outputPathInData_V_last_V_dout)) begin
            tmp_eop_V_phi_fu_357_p4 = ap_const_lv1_0;
        end else if (~(ap_const_lv1_0 == outputPathInData_V_last_V_dout)) begin
            tmp_eop_V_phi_fu_357_p4 = tmp_63_fu_507_p2;
        end else begin
            tmp_eop_V_phi_fu_357_p4 = ap_reg_phiprechg_tmp_eop_V_reg_354pp0_it0;
        end
    end else begin
        tmp_eop_V_phi_fu_357_p4 = ap_reg_phiprechg_tmp_eop_V_reg_354pp0_it0;
    end
end

/// udpMetadata_V_write assign process. ///
always @ (ap_done_reg or outputPathWriteFunctionState_l_reg_749 or tmp_reg_808 or tmp_55_reg_812 or ap_sig_bdd_174 or ap_sig_cseq_ST_st2_fsm1_1)
begin
    if (((ap_const_lv3_0 == outputPathWriteFunctionState_l_reg_749) & ~(ap_const_lv1_0 == tmp_reg_808) & ~(ap_const_lv1_0 == tmp_55_reg_812) & (ap_const_logic_1 == ap_sig_cseq_ST_st2_fsm1_1) & ~((ap_done_reg == ap_const_logic_1) | ap_sig_bdd_174))) begin
        udpMetadata_V_write = ap_const_logic_1;
    end else begin
        udpMetadata_V_write = ap_const_logic_0;
    end
end
/// the next state (ap_NS_fsm1) of the state machine. ///
always @ (ap_done_reg or ap_sig_cseq_ST_st1_fsm0_0 or ap_CS_fsm1 or ap_sig_bdd_136 or ap_sig_bdd_174 or ap_sig_cseq_ST_st2_fsm1_1)
begin
    case (ap_CS_fsm1)
        ap_ST_st2_fsm1_1 : 
        begin
            if (((ap_const_logic_1 == ap_sig_cseq_ST_st1_fsm0_0) & ~((ap_done_reg == ap_const_logic_1) | ap_sig_bdd_174) & ~ap_sig_bdd_136)) begin
                ap_NS_fsm1 = ap_ST_st2_fsm1_1;
            end else if ((~((ap_done_reg == ap_const_logic_1) | ap_sig_bdd_174) & (~(ap_const_logic_1 == ap_sig_cseq_ST_st1_fsm0_0) | ((ap_const_logic_1 == ap_sig_cseq_ST_st1_fsm0_0) & ap_sig_bdd_136)))) begin
                ap_NS_fsm1 = ap_ST_st0_fsm1_0;
            end else begin
                ap_NS_fsm1 = ap_ST_st2_fsm1_1;
            end
        end
        ap_ST_st0_fsm1_0 : 
        begin
            if (((ap_const_logic_1 == ap_sig_cseq_ST_st1_fsm0_0) & ~((ap_done_reg == ap_const_logic_1) | ap_sig_bdd_136 | (ap_sig_bdd_174 & (ap_const_logic_1 == ap_sig_cseq_ST_st2_fsm1_1))))) begin
                ap_NS_fsm1 = ap_ST_st2_fsm1_1;
            end else begin
                ap_NS_fsm1 = ap_ST_st0_fsm1_0;
            end
        end
        default : 
        begin
            ap_NS_fsm1 = 'bx;
        end
    endcase
end

/// the next state (ap_NS_fsm0) of the state machine. ///
always @ (ap_done_reg or ap_CS_fsm0 or ap_sig_bdd_136 or ap_sig_bdd_174 or ap_sig_cseq_ST_st2_fsm1_1)
begin
    case (ap_CS_fsm0)
        ap_ST_st1_fsm0_0 : 
        begin
            ap_NS_fsm0 = ap_ST_st1_fsm0_0;
        end
        default : 
        begin
            ap_NS_fsm0 = 'bx;
        end
    endcase
end

assign ap_reg_phiprechg_storemerge1_reg_344pp0_it0 = 'bx;
assign ap_reg_phiprechg_tmp_eop_V_1_reg_333pp0_it0 = 'bx;
assign ap_reg_phiprechg_tmp_eop_V_reg_354pp0_it0 = 'bx;

/// ap_sig_bdd_102 assign process. ///
always @ (tmp_49_nbreadreq_fu_290_p3 or outputPathWriteFunctionState)
begin
    ap_sig_bdd_102 = ((outputPathWriteFunctionState == ap_const_lv3_1) & ~(ap_const_lv1_0 == tmp_49_nbreadreq_fu_290_p3));
end

/// ap_sig_bdd_116 assign process. ///
always @ (tmp_nbreadreq_fu_305_p3 or outputPathWriteFunctionState)
begin
    ap_sig_bdd_116 = ((outputPathWriteFunctionState == ap_const_lv3_0) & ~(ap_const_lv1_0 == tmp_nbreadreq_fu_305_p3));
end

/// ap_sig_bdd_136 assign process. ///
always @ (ap_start or ap_done_reg or outputPathWriteFunction2checks1_status or grp_nbwritereq_fu_232_p3 or grp_nbwritereq_fu_240_p4 or packetData_V_V_full_n or grp_nbreadreq_fu_268_p5 or outputPathInData_V_data_V0_status or outputpathInLength_V_V_empty_n or tmp_49_nbreadreq_fu_290_p3 or outputPathInMetadata_V_empty_n or tmp_nbreadreq_fu_305_p3 or outputPathInData_V_last_V_dout or outputPathWriteFunctionState)
begin
    ap_sig_bdd_136 = (((outputPathWriteFunction2checks1_status == ap_const_logic_0) & (outputPathWriteFunctionState == ap_const_lv3_4) & ~(grp_nbwritereq_fu_232_p3 == ap_const_lv1_0) & ~(ap_const_lv1_0 == grp_nbwritereq_fu_240_p4)) | ((outputPathWriteFunctionState == ap_const_lv3_4) & ~(grp_nbwritereq_fu_232_p3 == ap_const_lv1_0) & ~(ap_const_lv1_0 == grp_nbwritereq_fu_240_p4) & (packetData_V_V_full_n == ap_const_logic_0)) | ((outputPathWriteFunction2checks1_status == ap_const_logic_0) & ~(ap_const_lv1_0 == grp_nbwritereq_fu_240_p4) & (outputPathWriteFunctionState == ap_const_lv3_5)) | (~(grp_nbwritereq_fu_232_p3 == ap_const_lv1_0) & (packetData_V_V_full_n == ap_const_logic_0) & (outputPathWriteFunctionState == ap_const_lv3_6)) | (~(grp_nbwritereq_fu_232_p3 == ap_const_lv1_0) & ~(ap_const_lv1_0 == grp_nbwritereq_fu_240_p4) & (packetData_V_V_full_n == ap_const_logic_0) & (outputPathWriteFunctionState == ap_const_lv3_3) & ~(ap_const_lv1_0 == grp_nbreadreq_fu_268_p5)) | (~(grp_nbwritereq_fu_232_p3 == ap_const_lv1_0) & ~(ap_const_lv1_0 == grp_nbwritereq_fu_240_p4) & (outputPathWriteFunctionState == ap_const_lv3_3) & ~(ap_const_lv1_0 == grp_nbreadreq_fu_268_p5) & (outputPathInData_V_data_V0_status == ap_const_logic_0)) | ((outputPathWriteFunction2checks1_status == ap_const_logic_0) & ~(grp_nbwritereq_fu_232_p3 == ap_const_lv1_0) & ~(ap_const_lv1_0 == grp_nbwritereq_fu_240_p4) & (outputPathWriteFunctionState == ap_const_lv3_3) & ~(ap_const_lv1_0 == grp_nbreadreq_fu_268_p5)) | (~(ap_const_lv1_0 == grp_nbwritereq_fu_240_p4) & ~(ap_const_lv1_0 == grp_nbreadreq_fu_268_p5) & (outputPathInData_V_data_V0_status == ap_const_logic_0) & (outputPathWriteFunctionState == ap_const_lv3_2)) | (~(ap_const_lv1_0 == grp_nbwritereq_fu_240_p4) & (packetData_V_V_full_n == ap_const_logic_0) & ~(ap_const_lv1_0 == grp_nbreadreq_fu_268_p5) & (outputPathWriteFunctionState == ap_const_lv3_2) & ~(ap_const_lv1_0 == outputPathInData_V_last_V_dout)) | ((outputPathWriteFunction2checks1_status == ap_const_logic_0) & ~(ap_const_lv1_0 == grp_nbwritereq_fu_240_p4) & ~(ap_const_lv1_0 == grp_nbreadreq_fu_268_p5) & (outputPathWriteFunctionState == ap_const_lv3_2)) | (~(ap_const_lv1_0 == grp_nbwritereq_fu_240_p4) & (outputpathInLength_V_V_empty_n == ap_const_logic_0) & (outputPathWriteFunctionState == ap_const_lv3_1) & ~(ap_const_lv1_0 == tmp_49_nbreadreq_fu_290_p3)) | ((outputPathWriteFunction2checks1_status == ap_const_logic_0) & ~(ap_const_lv1_0 == grp_nbwritereq_fu_240_p4) & (outputPathWriteFunctionState == ap_const_lv3_1) & ~(ap_const_lv1_0 == tmp_49_nbreadreq_fu_290_p3)) | (~(ap_const_lv1_0 == grp_nbwritereq_fu_240_p4) & (outputPathInMetadata_V_empty_n == ap_const_logic_0) & (outputPathWriteFunctionState == ap_const_lv3_0) & ~(ap_const_lv1_0 == tmp_nbreadreq_fu_305_p3)) | ((outputPathWriteFunction2checks1_status == ap_const_logic_0) & ~(ap_const_lv1_0 == grp_nbwritereq_fu_240_p4) & (outputPathWriteFunctionState == ap_const_lv3_0) & ~(ap_const_lv1_0 == tmp_nbreadreq_fu_305_p3)) | (ap_start == ap_const_logic_0) | (ap_done_reg == ap_const_logic_1));
end

/// ap_sig_bdd_174 assign process. ///
always @ (packetLength_V_V_full_n or outputPathWriteFunctionState_l_reg_749 or tmp_49_reg_795 or tmp_56_reg_799 or udpMetadata_V_full_n or tmp_reg_808 or tmp_55_reg_812)
begin
    ap_sig_bdd_174 = (((packetLength_V_V_full_n == ap_const_logic_0) & (ap_const_lv3_1 == outputPathWriteFunctionState_l_reg_749) & ~(ap_const_lv1_0 == tmp_49_reg_795) & ~(ap_const_lv1_0 == tmp_56_reg_799)) | ((udpMetadata_V_full_n == ap_const_logic_0) & (ap_const_lv3_0 == outputPathWriteFunctionState_l_reg_749) & ~(ap_const_lv1_0 == tmp_reg_808) & ~(ap_const_lv1_0 == tmp_55_reg_812)));
end

/// ap_sig_bdd_180 assign process. ///
always @ (ap_CS_fsm1)
begin
    ap_sig_bdd_180 = (ap_const_lv1_1 == ap_CS_fsm1[ap_const_lv32_1]);
end

/// ap_sig_bdd_23 assign process. ///
always @ (ap_CS_fsm0)
begin
    ap_sig_bdd_23 = (ap_CS_fsm0[ap_const_lv32_0] == ap_const_lv1_1);
end

/// ap_sig_bdd_34 assign process. ///
always @ (ap_CS_fsm1)
begin
    ap_sig_bdd_34 = (ap_const_lv1_1 == ap_CS_fsm1[ap_const_lv32_0]);
end

/// ap_sig_bdd_365 assign process. ///
always @ (ap_start or ap_sig_cseq_ST_st1_fsm0_0 or grp_nbwritereq_fu_232_p3 or grp_nbwritereq_fu_240_p4 or grp_nbreadreq_fu_268_p5 or outputPathWriteFunctionState)
begin
    ap_sig_bdd_365 = ((ap_const_logic_1 == ap_start) & (ap_const_logic_1 == ap_sig_cseq_ST_st1_fsm0_0) & ~(grp_nbwritereq_fu_232_p3 == ap_const_lv1_0) & ~(ap_const_lv1_0 == grp_nbwritereq_fu_240_p4) & (outputPathWriteFunctionState == ap_const_lv3_3) & ~(ap_const_lv1_0 == grp_nbreadreq_fu_268_p5));
end

/// ap_sig_bdd_371 assign process. ///
always @ (ap_start or ap_sig_cseq_ST_st1_fsm0_0 or grp_nbwritereq_fu_240_p4 or grp_nbreadreq_fu_268_p5 or outputPathWriteFunctionState)
begin
    ap_sig_bdd_371 = ((ap_const_logic_1 == ap_start) & (ap_const_logic_1 == ap_sig_cseq_ST_st1_fsm0_0) & ~(ap_const_lv1_0 == grp_nbwritereq_fu_240_p4) & ~(ap_const_lv1_0 == grp_nbreadreq_fu_268_p5) & (outputPathWriteFunctionState == ap_const_lv3_2));
end

/// ap_sig_bdd_48 assign process. ///
always @ (grp_nbwritereq_fu_232_p3 or outputPathWriteFunctionState)
begin
    ap_sig_bdd_48 = ((outputPathWriteFunctionState == ap_const_lv3_4) & ~(grp_nbwritereq_fu_232_p3 == ap_const_lv1_0));
end

/// ap_sig_bdd_582 assign process. ///
always @ (ap_done_reg or ap_sig_cseq_ST_st1_fsm0_0 or grp_nbwritereq_fu_240_p4 or ap_sig_bdd_136 or ap_sig_bdd_174 or ap_sig_cseq_ST_st2_fsm1_1)
begin
    ap_sig_bdd_582 = ((ap_const_logic_1 == ap_sig_cseq_ST_st1_fsm0_0) & ~(ap_const_lv1_0 == grp_nbwritereq_fu_240_p4) & ~((ap_done_reg == ap_const_logic_1) | ap_sig_bdd_136 | (ap_sig_bdd_174 & (ap_const_logic_1 == ap_sig_cseq_ST_st2_fsm1_1))));
end

/// ap_sig_bdd_74 assign process. ///
always @ (grp_nbwritereq_fu_232_p3 or grp_nbreadreq_fu_268_p5 or outputPathWriteFunctionState)
begin
    ap_sig_bdd_74 = (~(grp_nbwritereq_fu_232_p3 == ap_const_lv1_0) & (outputPathWriteFunctionState == ap_const_lv3_3) & ~(ap_const_lv1_0 == grp_nbreadreq_fu_268_p5));
end

/// ap_sig_bdd_83 assign process. ///
always @ (grp_nbreadreq_fu_268_p5 or outputPathWriteFunctionState)
begin
    ap_sig_bdd_83 = (~(ap_const_lv1_0 == grp_nbreadreq_fu_268_p5) & (outputPathWriteFunctionState == ap_const_lv3_2));
end
assign grp_fu_366_p4 = {{outputPathInputWord_data_V[ap_const_lv32_3F : ap_const_lv32_20]}};
assign grp_nbreadreq_fu_268_p5 = (outputPathInData_V_data_V_empty_n & outputPathInData_V_keep_V_empty_n & outputPathInData_V_last_V_empty_n);
assign grp_nbwritereq_fu_232_p3 = packetData_V_V_full_n;
assign grp_nbwritereq_fu_240_p4 = (outputPathWriteFunction2checks_full_n & outputPathWriteFunction2checks_1_full_n);
assign outputPathInData_V_data_V0_status = (outputPathInData_V_data_V_empty_n & outputPathInData_V_keep_V_empty_n & outputPathInData_V_last_V_empty_n);
assign outputPathInData_V_data_V_read = outputPathInData_V_data_V0_update;
assign outputPathInData_V_keep_V_read = outputPathInData_V_data_V0_update;
assign outputPathInData_V_last_V_read = outputPathInData_V_data_V0_update;
assign outputPathWriteFunction2checks1_status = (outputPathWriteFunction2checks_full_n & outputPathWriteFunction2checks_1_full_n);
assign outputPathWriteFunction2checks_1_write = outputPathWriteFunction2checks1_update;
assign outputPathWriteFunction2checks_write = outputPathWriteFunction2checks1_update;
assign p_Result_18_fu_497_p4 = {{outputPathInData_V_keep_V_dout[ap_const_lv32_7 : ap_const_lv32_4]}};
assign p_Result_2_i1_fu_692_p4 = {{outputPathInMetadata_V_dout[ap_const_lv32_27 : ap_const_lv32_20]}};
assign p_Result_2_i_fu_652_p4 = {{outputPathInMetadata_V_dout[ap_const_lv32_57 : ap_const_lv32_50]}};
assign p_Result_40_fu_591_p8 = {{{{{{{tmp_129_fu_555_p1}, {p_Result_i3_fu_545_p4}}, {tmp_130_fu_573_p1}}, {p_Result_i4_fu_563_p4}}, {tmp_131_fu_587_p1}}, {p_Result_i5_fu_577_p4}}, {ap_const_lv16_1100}};
assign p_Result_41_fu_484_p5 = {{{{tmp_133_fu_480_p1}, {ap_const_lv16_0}}, {tmp_132_fu_476_p1}}, {p_Result_s_75_fu_466_p4}};
assign p_Result_42_fu_428_p3 = {{tmp_134_fu_424_p1}, {grp_fu_366_p4}};
assign p_Result_43_fu_419_p1 = grp_fu_366_p4;
assign p_Result_44_fu_414_p1 = grp_fu_366_p4;
assign p_Result_4_i1_fu_702_p4 = {{outputPathInMetadata_V_dout[ap_const_lv32_1F : ap_const_lv32_18]}};
assign p_Result_4_i_fu_662_p4 = {{outputPathInMetadata_V_dout[ap_const_lv32_4F : ap_const_lv32_48]}};
assign p_Result_6_i1_fu_712_p4 = {{outputPathInMetadata_V_dout[ap_const_lv32_17 : ap_const_lv32_10]}};
assign p_Result_6_i_fu_672_p4 = {{outputPathInMetadata_V_dout[ap_const_lv32_47 : ap_const_lv32_40]}};
assign p_Result_i2_fu_682_p4 = {{outputPathInMetadata_V_dout[ap_const_lv32_2F : ap_const_lv32_28]}};
assign p_Result_i3_fu_545_p4 = {{tempMetadata_destinationSocket[ap_const_lv32_F : ap_const_lv32_8]}};
assign p_Result_i4_fu_563_p4 = {{tempMetadata_sourceSocket_port[ap_const_lv32_F : ap_const_lv32_8]}};
assign p_Result_i5_fu_577_p4 = {{tmp_V_9_fu_529_p2[ap_const_lv32_F : ap_const_lv32_8]}};
assign p_Result_i_fu_642_p4 = {{outputPathInMetadata_V_dout[ap_const_lv32_5F : ap_const_lv32_58]}};
assign p_Result_s_75_fu_466_p4 = {{outputPathPacketLength_V[ap_const_lv32_F : ap_const_lv32_8]}};
assign p_Result_s_fu_722_p9 = {{{{{{{{p_Result_6_i_fu_672_p4}, {p_Result_4_i_fu_662_p4}}, {p_Result_2_i_fu_652_p4}}, {p_Result_i_fu_642_p4}}, {p_Result_6_i1_fu_712_p4}}, {p_Result_4_i1_fu_702_p4}}, {p_Result_2_i1_fu_692_p4}}, {p_Result_i2_fu_682_p4}};
assign packetLength_V_V_din = tmp_V_9_reg_803;
assign storemerge9_fu_514_p3 = ((tmp_63_fu_507_p2[0:0]===1'b1)? ap_const_lv3_0: ap_const_lv3_5);
assign storemerge_fu_452_p3 = ((tmp_135_fu_437_p3[0:0]===1'b1)? ap_const_lv3_4: ap_const_lv3_6);
assign tmp_129_fu_555_p1 = tempMetadata_destinationSocket[7:0];
assign tmp_130_fu_573_p1 = tempMetadata_sourceSocket_port[7:0];
assign tmp_131_fu_587_p1 = tmp_V_9_fu_529_p2[7:0];
assign tmp_132_fu_476_p1 = outputPathPacketLength_V[7:0];
assign tmp_133_fu_480_p1 = outputPathInData_V_data_V_dout[31:0];
assign tmp_134_fu_424_p1 = outputPathInData_V_data_V_dout[31:0];
assign tmp_135_fu_437_p3 = outputPathInData_V_keep_V_dout[ap_const_lv32_4];
assign tmp_49_nbreadreq_fu_290_p3 = outputpathInLength_V_V_empty_n;
assign tmp_63_fu_507_p2 = (p_Result_18_fu_497_p4 == ap_const_lv4_0? 1'b1: 1'b0);
assign tmp_V_9_fu_529_p2 = (ap_const_lv16_8 + outputpathInLength_V_V_dout);
assign tmp_nbreadreq_fu_305_p3 = outputPathInMetadata_V_empty_n;
assign tmp_s_fu_445_p2 = (tmp_135_fu_437_p3 ^ ap_const_lv1_1);
assign tmp_sourceSocket_port_V_fu_616_p1 = outputPathInMetadata_V_dout[15:0];
assign udpMetadata_V_din = tmp14_reg_816;


endmodule //udp_outputPathWriteFunction